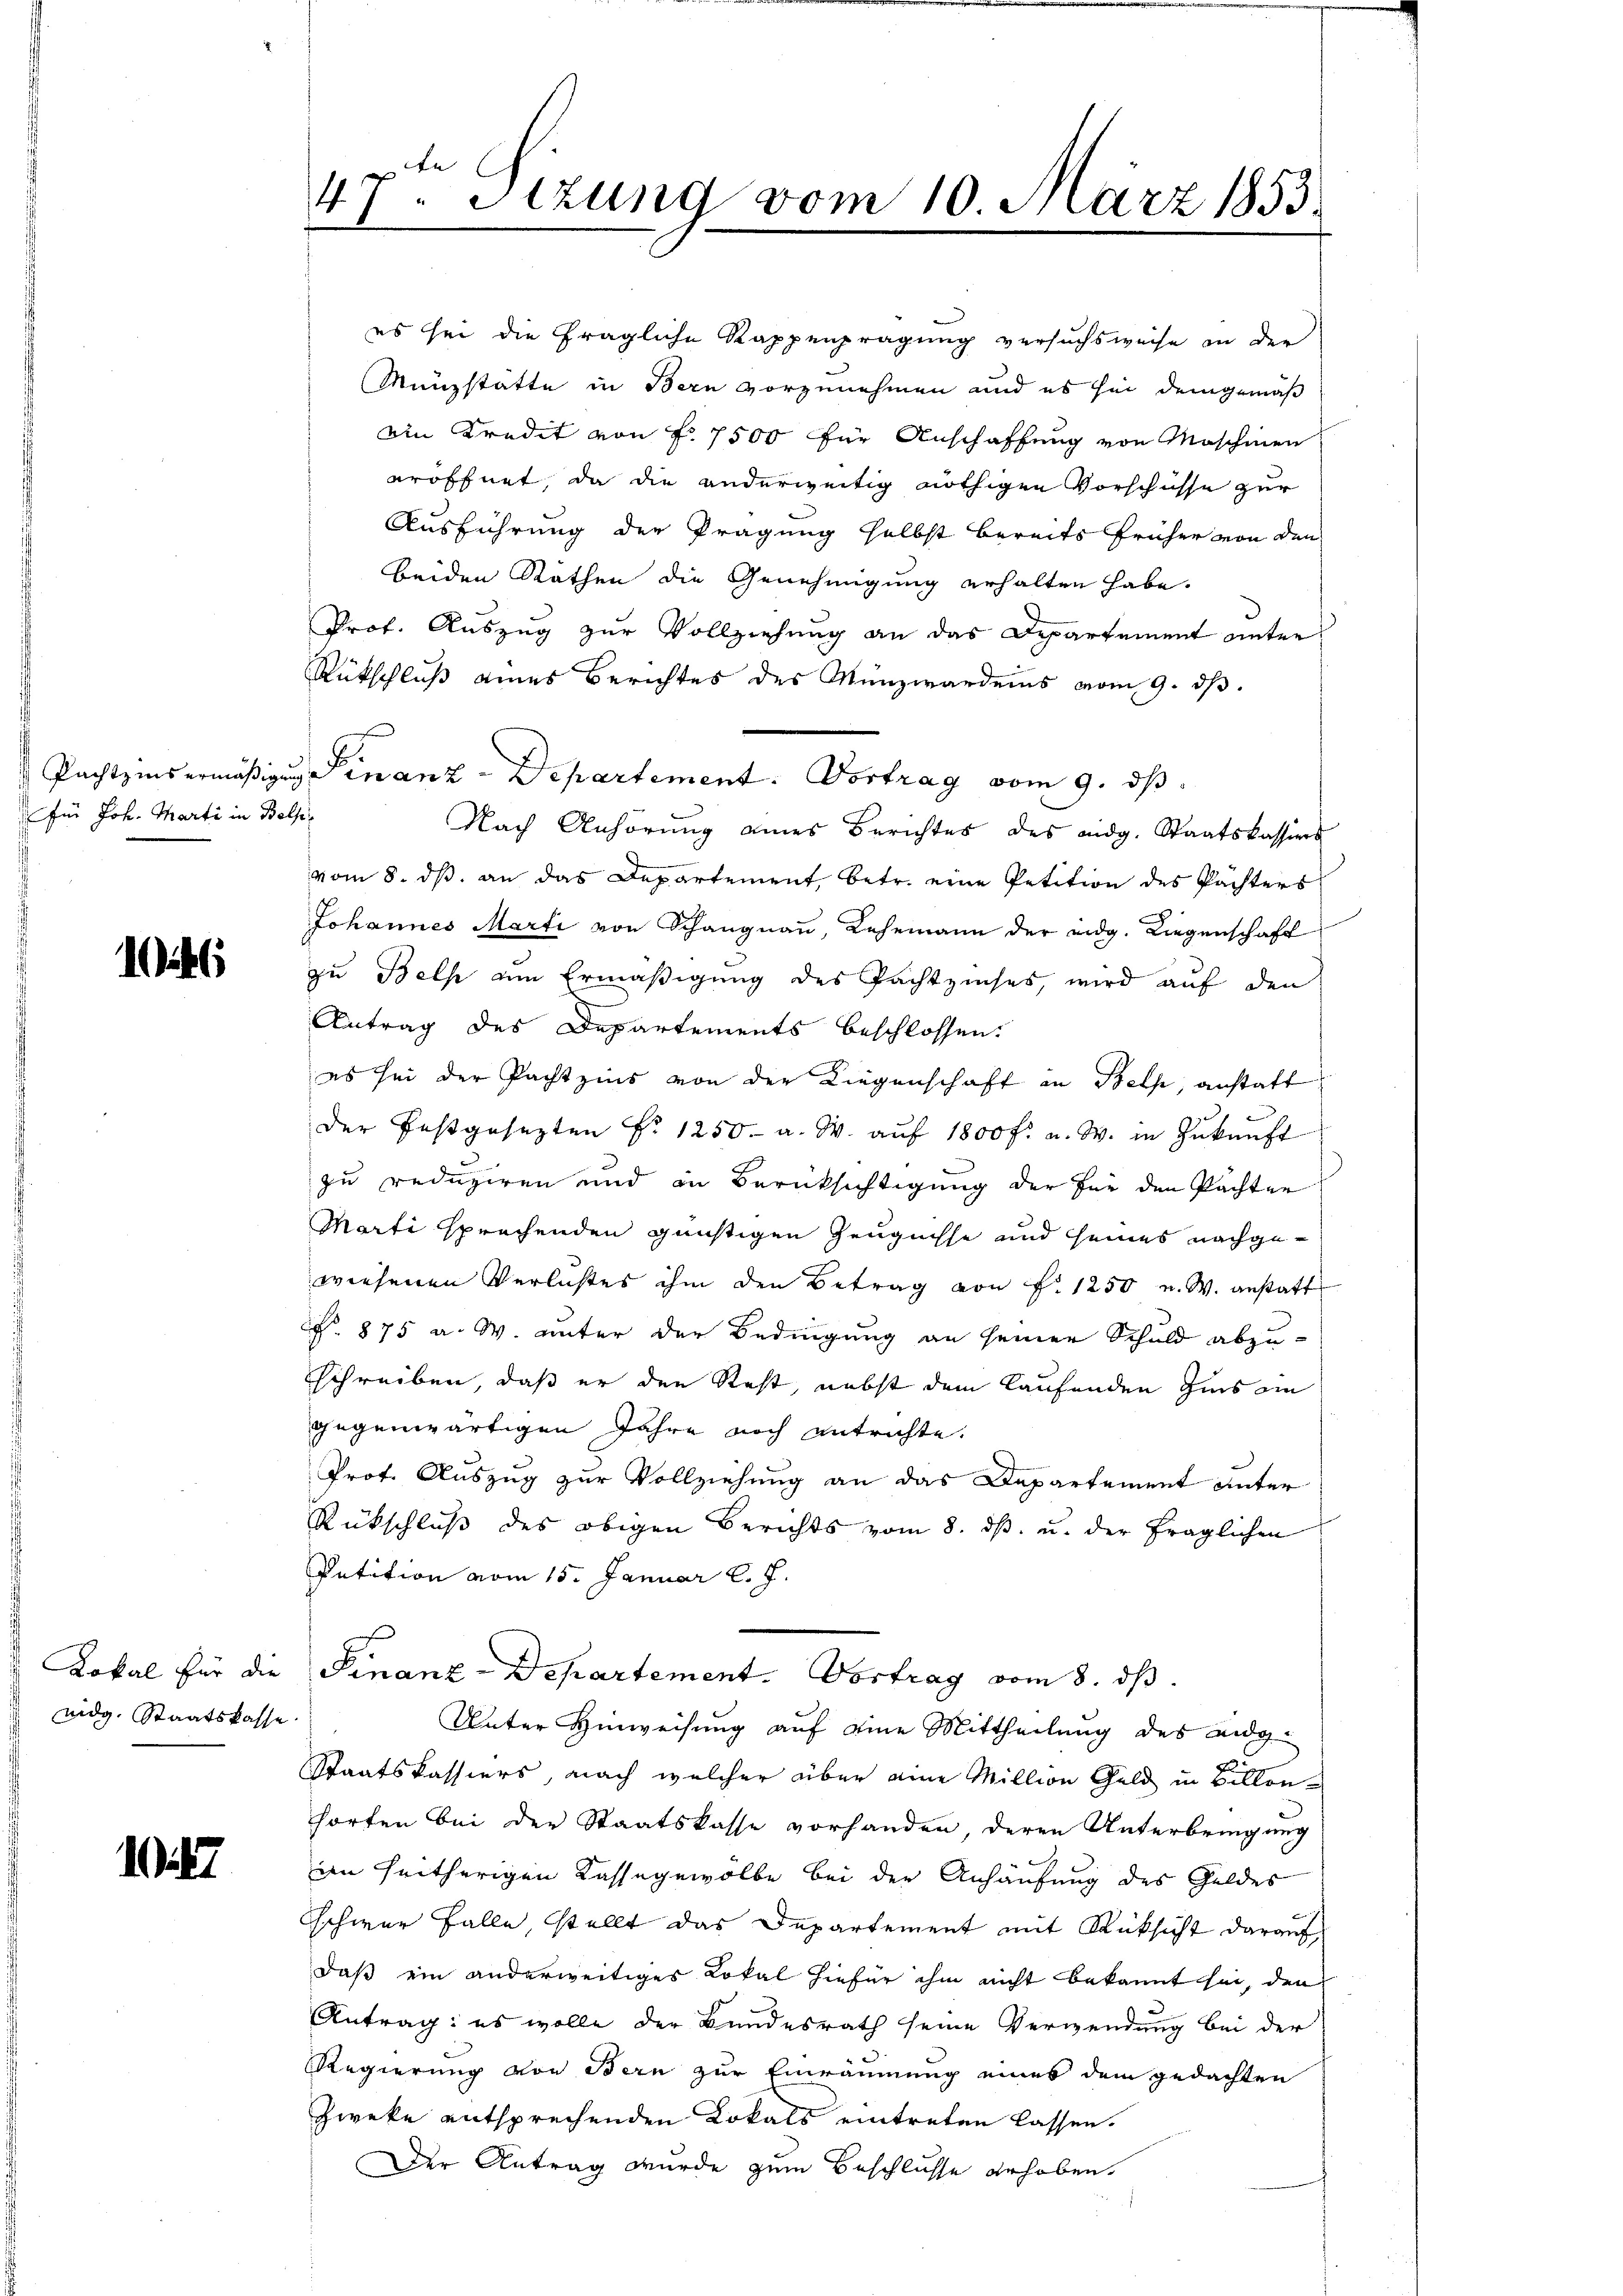
Pachtzinsermäßigun
für Joh. Marti in Balli¬

1

Lokal für die
eidg. Staatskasse

17

47. Stzung vom 10. März 1853.
“

eröffnet, da die anderweitig nöthigen Vorschüsse zur
Ausführung der Prägung selbst bereits früher von den
beiden Rathen die Genehmigung erhalten habe.
Prof. Auszug zur Vollziehung an das Departement unter
Rütschluß eines Berichtes des Münzwardens vom 9. ds.
Finanz-Departement. Vortrag vom 9. ds.
Nach Anhörung eines Berichtes des endg. Staatskassions
vom 8. ds. an das Departement, betr. eine Petition des Pachters
Johannes Marti von Schangnau, Lehemann der eidg. Liegenschaft
zu Beth um Ermäßigung des Pachtzinses, wird auf den
Antrag des Departements beschlossen.
es sei der Pachtzins von der Liegenschaft in Beth, anstatt
der festgesezten No 1250. a. W. aŭf 1800 f: a. W. in Zŭkŭnft
zu reduziren und in Berücksichtigung der für den Pachten
Marti sprechenden günstigen Zeugnisse und seines nachgewiesenen Verlistes ihm den Betrag von f. 1250 u. W. anstatt
P. 875 a. W. unter der Bedingung an seiner Schuld abzuschreiben, daß er den Rest, nebst dem laufenden Zins ein
gegenwärtigen Jahre noch entrichte.
Prot. Auszug zur Vollziehung an das Departement unter
Rückschluß des obigen Berichts vom 8. dβ. u. der fraglichen
Petition vom 15. Januar l. J.
Finanz-Departement. Vortrag vom 8. ds.
Unter Hinweisung auf eine Mittheilung des eidg
Staatskassiers, nach welcher über eine Million Geld in Billon
horten bei der Staatskasse vorhanden, deren Unterbringung
in heitherigen Kasse gewölbe bei der Anhäufung des Geldes
schwer Falle, stellt das Departement mit Rücksicht darauf
daß ein anderweitiges Lokal hiefür ihm nicht bekannt sei, den
Antrag: es wolle der Bundesrath seine Verwendung bei der
Regierung von Bern zur Einräumung eines dem gedachten
Zweke entsprechenden Lokals eintreten lassen.
Der Antrag wurde zum Beschlusse gehoben.

es sei die fragliche Rappenprägung versuchsweise in der
Münzstatte in Bern vorzunehmen und es sei demgemäß
Ain Kredit von f. 7500 für Anschaffung von Maschinen